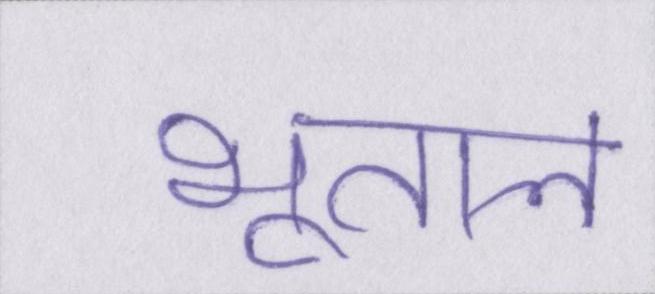
भूतल